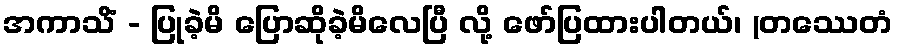
အကာသိံ - ပြုခဲ့မိ ပြောဆိုခဲ့မိလေပြီ လို့ ဖော်ပြထားပါတယ်၊ (တဿေတံ